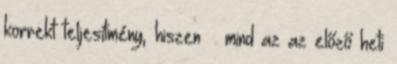
korrekt teljesítmény, hiszen – mind az az előző heti